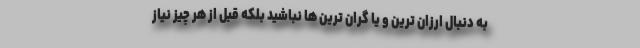
به دنبال ارزان ترین و یا گران ترین ها نباشید بلکه قبل از هر چیز نیاز